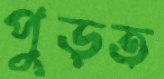
পুড়ত